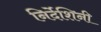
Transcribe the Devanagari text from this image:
निर्देशिनी